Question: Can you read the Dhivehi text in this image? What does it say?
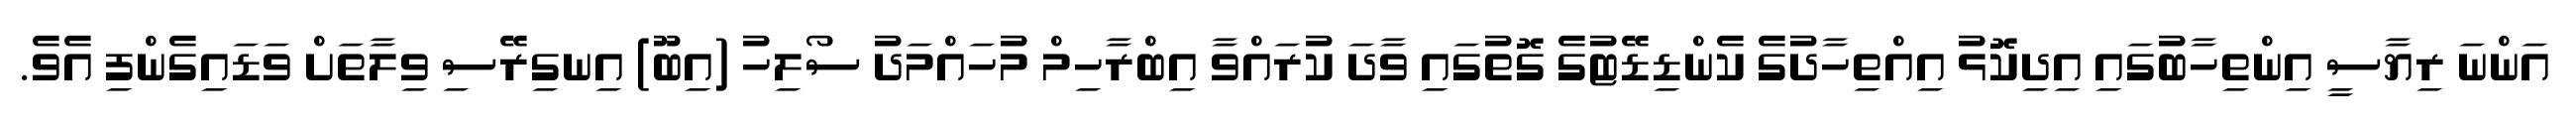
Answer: އަންނަ ރިޔާސީ އިންތިހާބުގައި އިދިކޮޅު އިއްތިހާދުގެ ކެންޑިޑޭޓުގެ ގޮތުގައި ވާދަ ކުރައްވާ އިބްރާހިމް މުހައްމަދު ސޯލިހު (އިބޫ) އިނގިރޭސި ވިލާތަށް ވަޑައިގެންފި އެވެ.